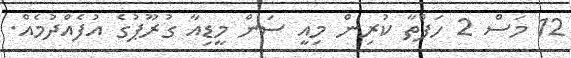
12 މަސް 2 ހަފްތާ ކުރިން މިއީ ސަން މީޑިއާ ގުރޫޕުގެ އުފެއްދުމެއް.